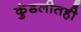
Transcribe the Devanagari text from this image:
कुंडलीतही